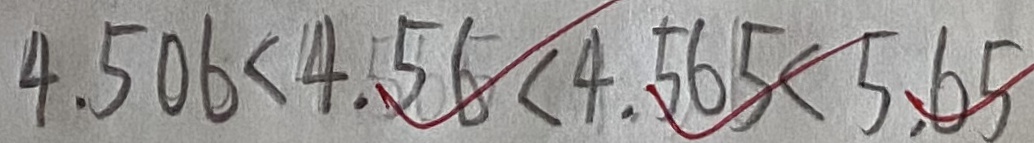
4 . 5 0 6 < 4 . 5 6 < 4 . 5 6 5 < 5 . 6 5